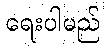
ရေးပါမည်